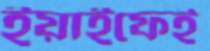
ইয়াইফেই